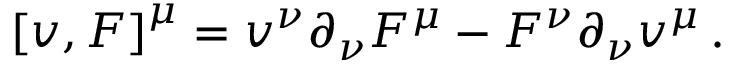
\left[ \boldsymbol { v } , \boldsymbol { F } \right] ^ { \mu } = v ^ { \nu } \partial _ { \nu } F ^ { \mu } - F ^ { \nu } \partial _ { \nu } v ^ { \mu } \, .